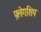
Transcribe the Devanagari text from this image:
फ़्लेगशिप